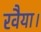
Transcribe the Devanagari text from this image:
रवैया।